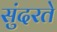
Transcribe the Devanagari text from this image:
सुंदरते